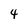
Character: 4